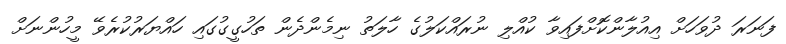
ފަނަރަ ދުވަހަށް އިއުލާންކޮށްފައިވާ ކުއްލި ނުރައްކަލުގެ ހާލަތު ނިމެންދެން ތަހުގީގުގައި ހައްޔަރުކުރެވޭ މީހުންނަށް